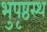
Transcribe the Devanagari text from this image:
भुपृष्ठस्थ